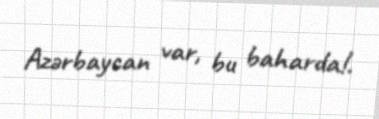
Azərbaycan var, bu baharda!.